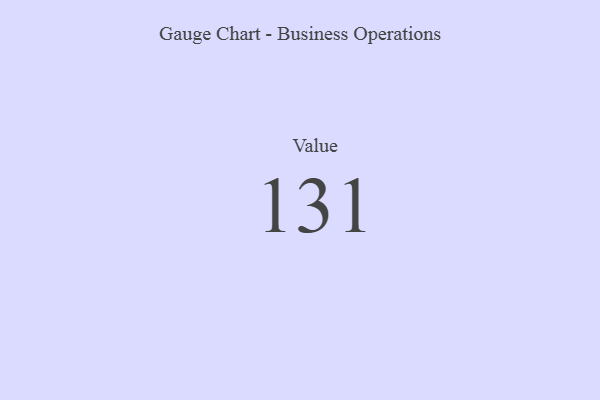
{"axis": {"x": "Metric", "y": "Value"}, "legend": [""], "data": [{"x": "Value", "y": 131, "type": ""}]}